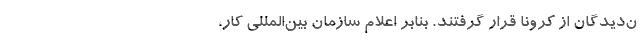
ن‌دیدگان از کرونا قرار گرفتند. بنابر اعلام سازمان بین‌المللی کار،